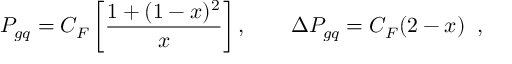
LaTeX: P _ { g q } = C _ { F } \left[ \frac { 1 + ( 1 - x ) ^ { 2 } } { x } \right] , \qquad \Delta P _ { g q } = C _ { F } ( 2 - x ) \; \; ,